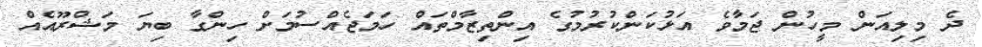
ދެ މިލިއަން މީހުން ޖަމާވެ އަޅުކަންކުރުމުގެ އިންތިޒާމްތައް ހަމަޖެއްސުމަށް ހިންގާ ބިޔަ މަޝްރޫއެއް